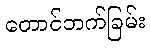
တောင်ဘက်ခြမ်း